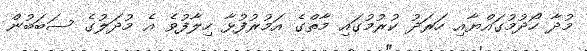
މުދާ ހޯދުމުގައްޔާއި ހަރަދު ކުރުމުގައި މާތްގެ އަމުރުފުޅާ ހިލާފުވެ އެ މުދަލުގެ ސަބަބުން